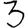
Digit: 3